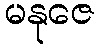
မနုဇေ